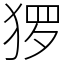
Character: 猡